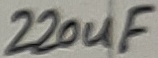
Text: 220uF